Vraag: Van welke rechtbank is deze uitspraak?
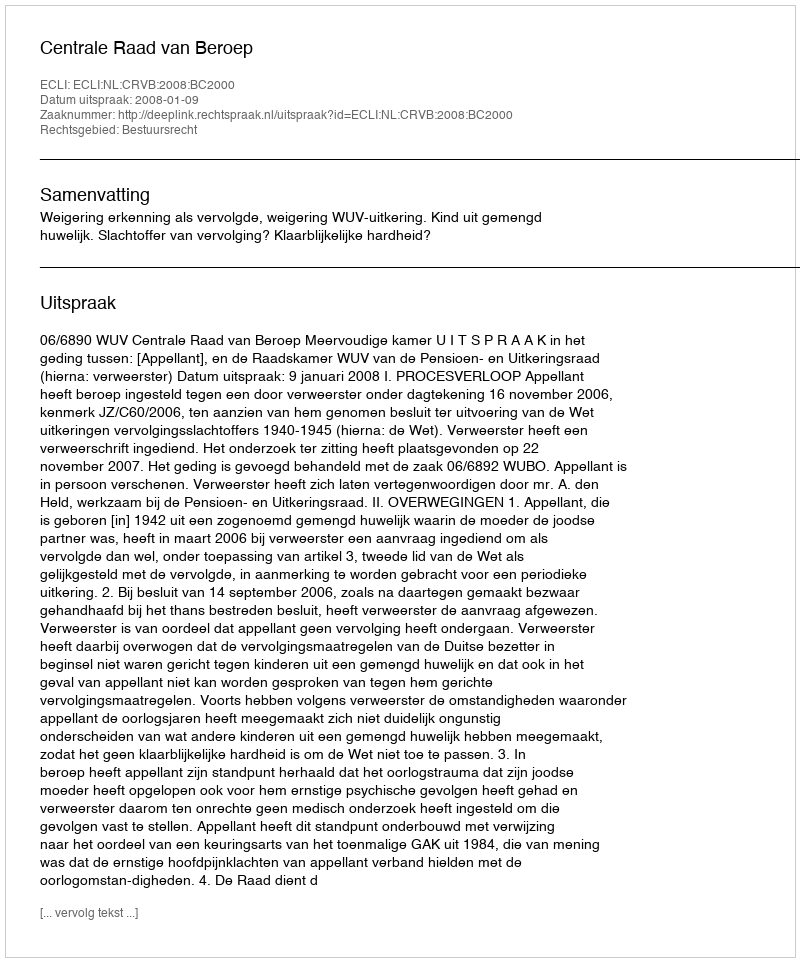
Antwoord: Centrale Raad van Beroep